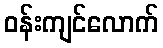
ဝန်းကျင်လောက်